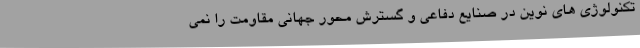
تکنولوژی های نوین در صنایع دفاعی و گسترش محور جهانی مقاومت را نمی